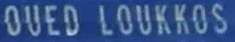
OUEDLOUKKOS